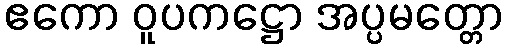
ဧကော ဝူပကဋ္ဌော အပ္ပမတ္တော